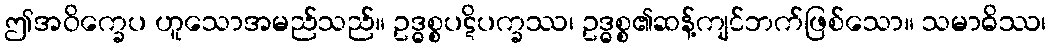
ဤအဝိက္ခေပ ဟူသောအမည်သည်။ ဥဒ္ဓစ္စပဋိပက္ခဿ၊ ဥဒ္ဓစ္စ၏ဆန့်ကျင်ဘက်ဖြစ်သော။ သမာဓိဿ၊